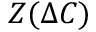
Z ( \Delta C )